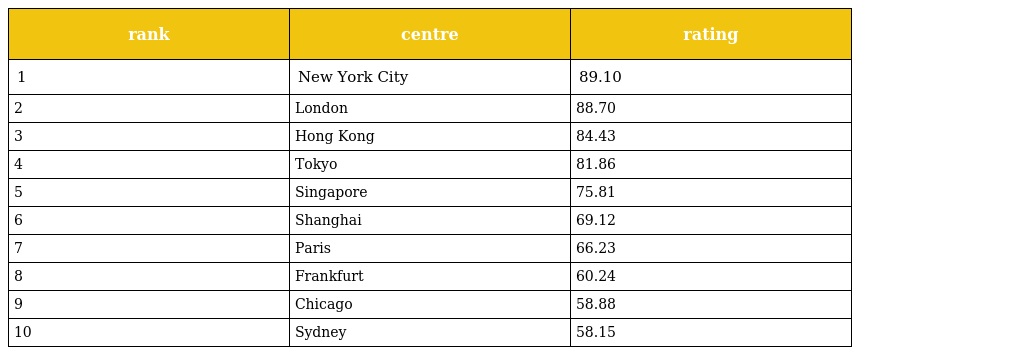
| rank | centre | rating |
 | --- | --- | --- |
 | 1 | New York City | 89.10 |
 | 2 | London | 88.70 |
 | 3 | Hong Kong | 84.43 |
 | 4 | Tokyo | 81.86 |
 | 5 | Singapore | 75.81 |
 | 6 | Shanghai | 69.12 |
 | 7 | Paris | 66.23 |
 | 8 | Frankfurt | 60.24 |
 | 9 | Chicago | 58.88 |
 | 10 | Sydney | 58.15 |